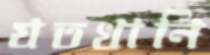
যতখানি